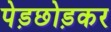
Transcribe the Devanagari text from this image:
पेड़छोड़कर